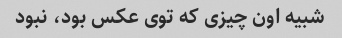
شبیه اون چیزی که توی عکس بود، نبود